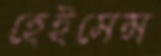
হেইসেন্স